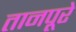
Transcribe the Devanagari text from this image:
तानपूरे